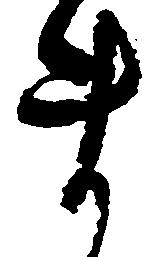
ま